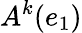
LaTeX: A^{k}(e_{1})